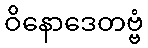
ဝိနောဒေတဗ္ဗံ